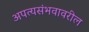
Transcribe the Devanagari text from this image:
अपत्यसंभवावरील